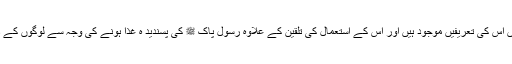
قرآن پاک میں اس کے ذکر اور احادیث نبوی ﷺمیں اس کی تعریفیں موجود ہیں اور اس کے استعمال کی تلقین کے علاوہ رسول پاک ﷺ کی پسندید ہ غذا ہونے کی وجہ سے لوگوں کے دلوں میں اس کے تقدس کا جذبہ ہمیشہ پایا گیا ہے۔